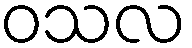
ဝသလ